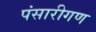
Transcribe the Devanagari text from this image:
पंसारीगण